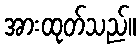
အားထုတ်သည်။